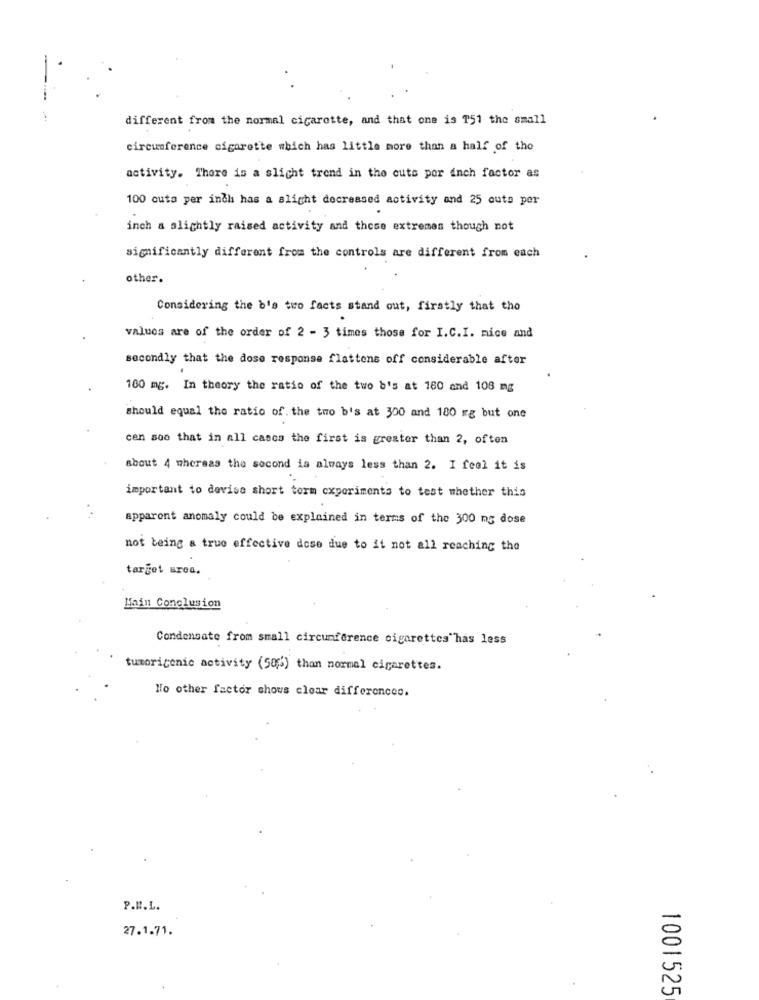
different from the normal cigarette, and that one is T51 the small
circumference cigarette which has little more than a half of the
activity. There is a slight trend in the cuts por inch factor as
100 cuta per inch has a slight decreased activity and 25 outa per
inch a slightly raised activity and these extremes though not
significantly different from the controls are different from each
other.
Considering the b's two facts stand out, firstly that tho
values are of the order of 2 - 3 times those for I.C.I. nice and
secondly that the dose response flattens off considerable after
100 mg. In theory the ratio of the two b's at 160 and 108 mg
should equal the ratio of. the two b's at 300 and 180 mg but one
cen soo that in all casca the first is greater than 2, often
about 4 whereas the second is always less than 2. I feel it is
important to devise short term experiments to test whether this
apparent anomaly could be explained in terms of the 300 mg dose
not being a true effective dose due to it not all reaching the
target arca.
Main Conclusion
Condensate from small circumference cigarettes"has less
tumoriconic activity (50%) than normal cigarettes.
No other factor shows clear differences.
P.N.L.
27.1.71.
1001525